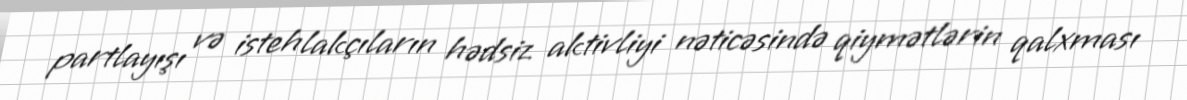
partlayışı və istehlakçıların hədsiz aktivliyi nəticəsində qiymətlərin qalxması